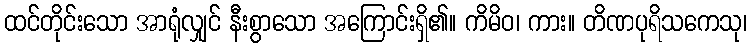
ထင်တိုင်းသော အာရုံလျှင် နီးစွာသော အကြောင်းရှိ၏။ ကိမိဝ၊ ကား။ တိဏပုရိသကေသု၊